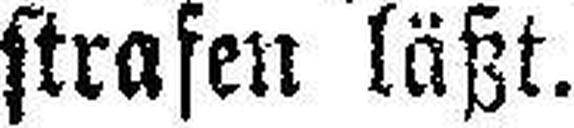
strafen läßt.